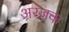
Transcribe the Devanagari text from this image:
अरंजक